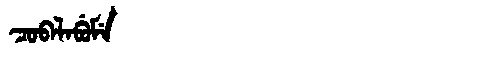
Manchu: ᠴᠣᠪᠠᠯᠠᠪᡠᠮᡝ
Romanization: COBALABUME